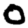
Digit: 0